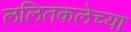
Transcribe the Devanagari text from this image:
ललितकलेच्या